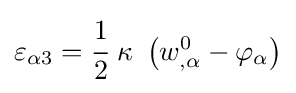
\varepsilon _{\alpha 3}={\cfrac {1}{2}}~\kappa ~\left(w_{,\alpha }^{0}-\varphi _{\alpha }\right)